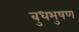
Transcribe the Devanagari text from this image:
बुधभुषण